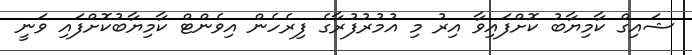
ޝައިގް ކާމިޔާބު ކޮށްފައިވާ އިރު މި އުމުރުފުރާގެ ފިރެހެން އިވެންޓް ކާމިޔާބުކޮށްފައި ވަނީ